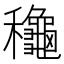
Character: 龝